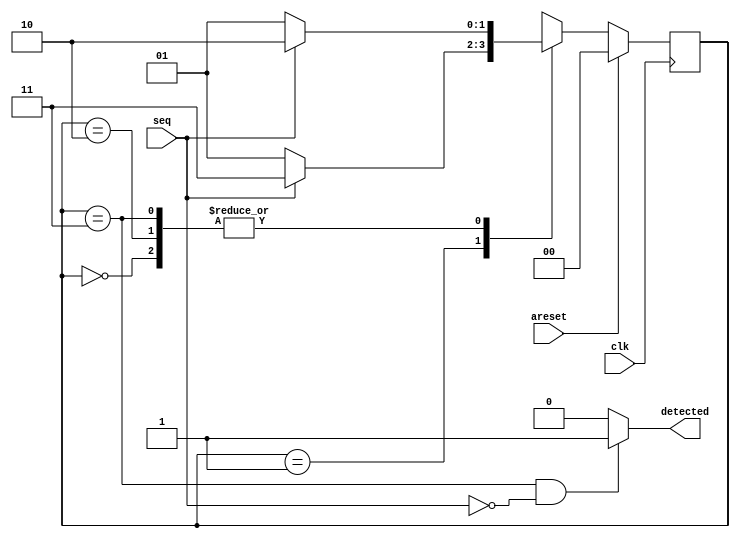
`timescale 1ns/1ps			

module seq_detector
(
	//Control signals
	input clk,	//Positive edge triggered.
	input areset,	//Reset all in 1

	//Data signals
	input seq,
	output detected
);
	//Declare your variables here.
	parameter [3:0] S0 = 2'b00,
						 S1 = 2'b01,
						 S2 = 2'b10,
						 S3 = 2'b11;
	reg [1:0] state = S0;	
	
	always @(posedge clk)
	begin
		//Write your code here.
		if(areset == 1) state = S0;
		else begin
			case(state)
				S0: begin
					if(seq == 0) state = S1;
					else state = S2;
				end
				S1: begin
					if(seq == 0) state = S1;
					else state = S3;
				end
				S2: begin
					if(seq == 0) state = S1;
					else state = S2;
				end
				S3: begin
					if(seq == 0) state = S1;
					else state = S2;
				end
				default: state = S0;
			endcase	
		end		
	end

	//You may write some wiring code here.
	assign detected = (state == S3 && seq == 0)? 1 : 0;
endmodule